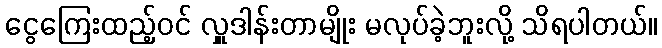
ငွေကြေးထည့်ဝင် လှူဒါန်းတာမျိုး မလုပ်ခဲ့ဘူးလို့ သိရပါတယ်။